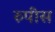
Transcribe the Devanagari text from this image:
रुपीस